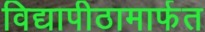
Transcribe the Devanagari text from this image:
विद्यापीठामार्फत